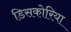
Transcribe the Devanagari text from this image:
डिसकोरिया